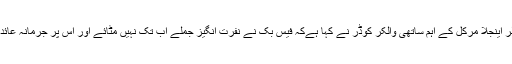
جرمن چانسلر اینجلا مرکل کے اہم ساتھی والکر کوڈر نے کہا ہےکہ فیس بک نے نفرت انگیز جملے اب تک نہیں مٹائے اور اس پر جرمانہ عائد ہونا چاہیے۔